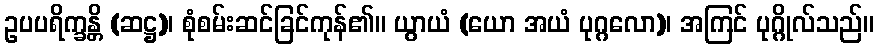
ဥပပရိက္ခန္တိ (ဆဋ္ဌ)၊ စုံစမ်းဆင်ခြင်ကုန်၏။ ယွာယံ (ယော အယံ ပုဂ္ဂလော)၊ အကြင် ပုဂ္ဂိုလ်သည်။